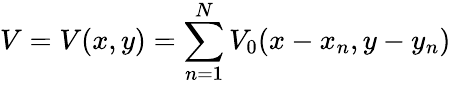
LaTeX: V=V(x,y)=\sum_{n=1}^{N}V_{0}(x-x_{n},y-y_{n})